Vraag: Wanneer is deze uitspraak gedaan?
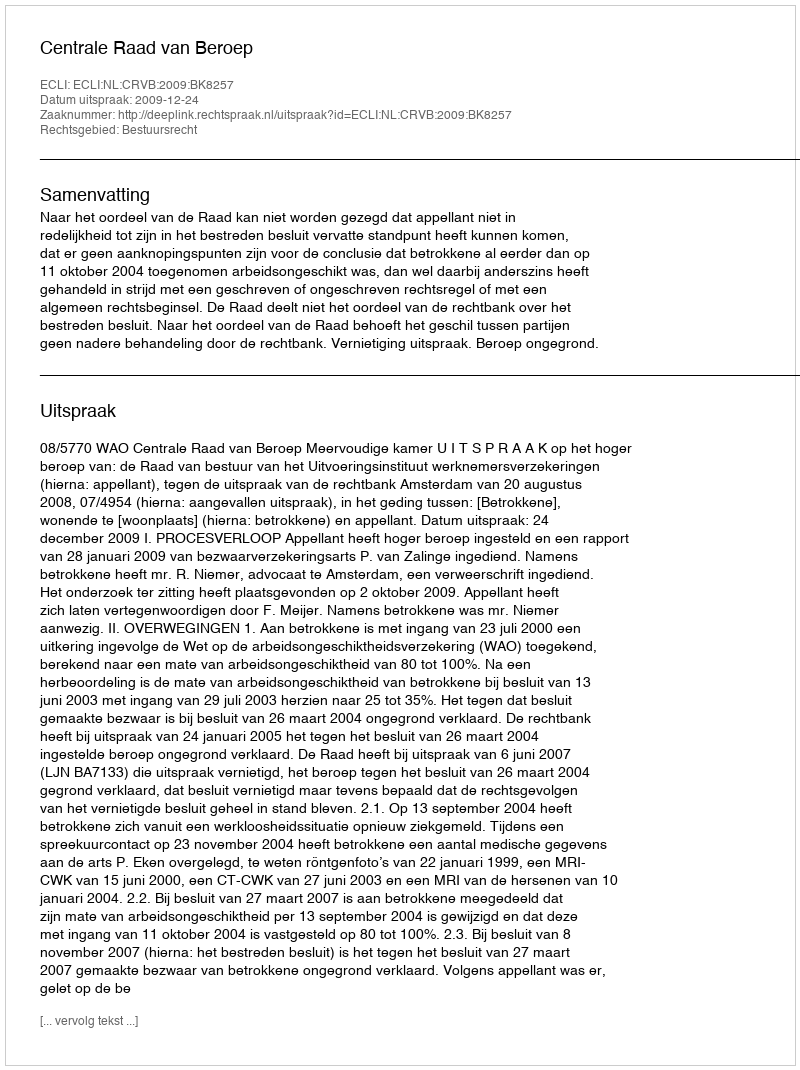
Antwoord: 2009-12-24